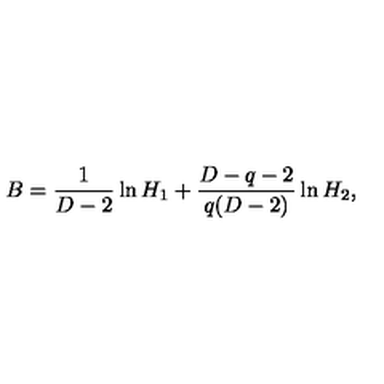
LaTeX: B = \frac { 1 } { D - 2 } \ln H _ { 1 } + \frac { D - q - 2 } { q ( D - 2 ) } \ln H _ { 2 } ,